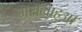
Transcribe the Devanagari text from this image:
मसलाहुआ